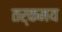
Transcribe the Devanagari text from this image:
तर्कमय